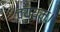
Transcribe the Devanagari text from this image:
व्ययम्।